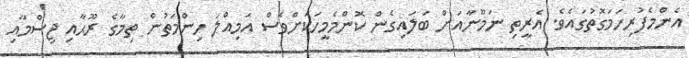
އެންމެފުރިހަމަގޮތުގައެވެ. އެރީތި ނަމޫނާއަށް ބަލައިގެން ކޮންމެމީހަކަށްވެސް އަމިއްލަ ހިންމަތުން ތިމާގެ ރޫޙާއި ޖިސްމާއި